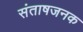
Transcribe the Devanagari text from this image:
संताषजनक